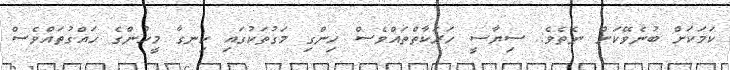
ކަމަކަށް ބުނެވޭކަށް ނެތެވެ. ސިޔާސީ ހަރަކާތްތައްވެސް ހިންގި މަގުތަކުގައި ހިނގާ މީހުންގެ ހައްގުތައްވެސް